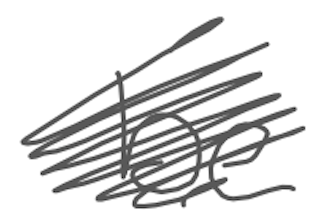
Text: be
Cross-out: scratch
Writing tool: digital_gray